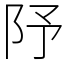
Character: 䦽